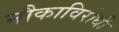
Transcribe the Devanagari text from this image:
नौकाविरोधी